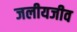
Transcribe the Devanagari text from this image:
जलीयजीव